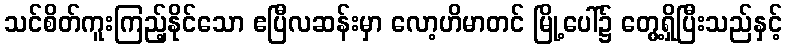
သင်စိတ်ကူးကြည့်နိုင်သော ဧပြီလဆန်းမှာ လော့ဟိမာတင် မြို့ပေါ်၌ တွေ့ရှိပြီးသည်နှင့်